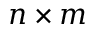
n \times m